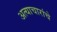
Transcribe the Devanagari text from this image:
अत्याचारांचे